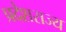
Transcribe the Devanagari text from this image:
प्रदेशराज्य